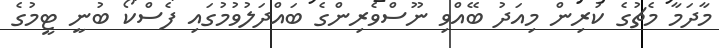
މާދަމާ މެޗުގެ ކުރިން މިއަދު ބޭއްވި ނޫސްވެރިންގެ ބައްދަލުވުމުގައި ފެސްކޯ ބުނީ ޓީމުގެ